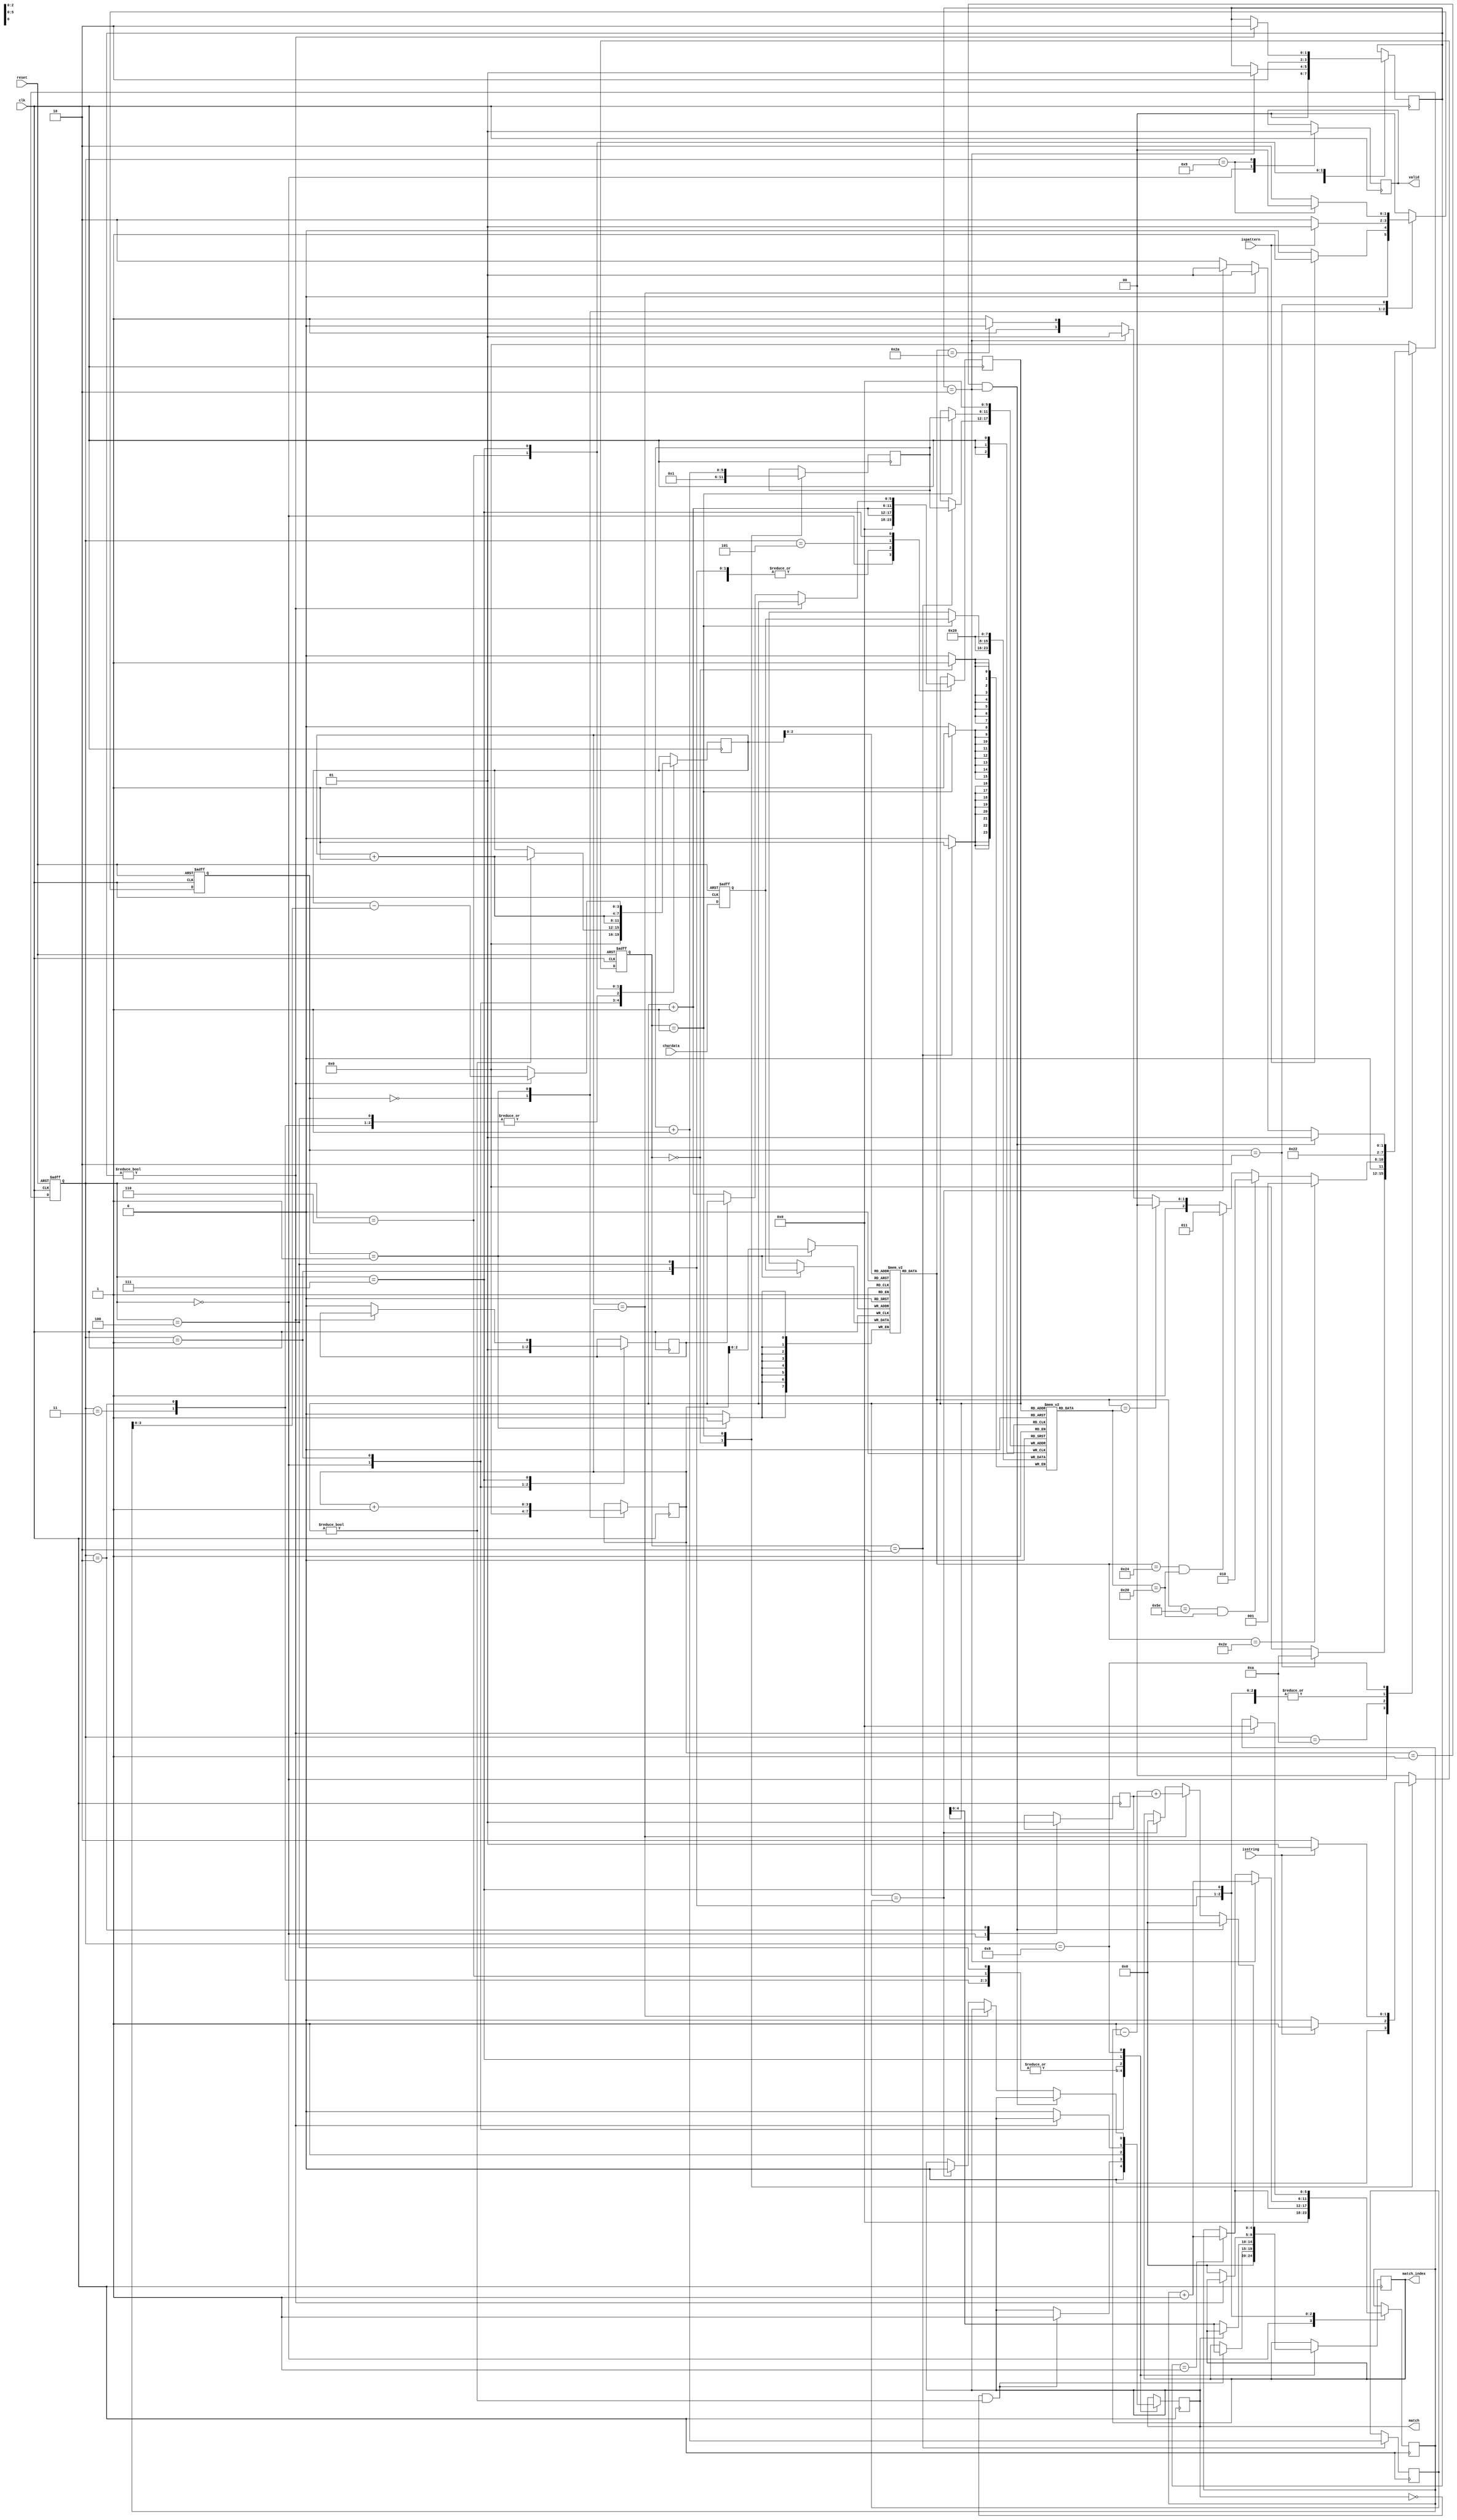
module SME(clk,reset,chardata,isstring,ispattern,valid,match,match_index);
input clk;
input reset;
input [7:0] chardata;
input isstring;
input ispattern;
output match;
output [4:0] match_index;
output valid;


// reg valid;

localparam [1:0]IDLE_STRING = 2'd0,
                GET_STRING_1 = 2'd1,
                GET_STRING_DONE = 2'd2;

localparam [1:0]IDLE_PATTERN = 2'd0,
                GET_PATTERN_1 = 2'd1,
                GET_PATTERN_DONE = 2'd2;

localparam [3:0]IDLE = 4'd0,
                DOT_WORD = 4'd1,
                BEGIN_WORD = 4'd2,
                DOLLAR_WORD = 4'd3,
                CHAR = 4'd4,
                STAR_CONI = 4'd5,
                STAR_WORD = 4'd6,
                MISS_MATCH = 4'd7,
                IS_OVER = 4'd8,
                OVER = 4'd9,
                WHAT_WORD = 4'd10,
                S9 = 4'd11,
                S10 = 4'd12,
                S11 = 4'd13,
                S12 = 4'd14,
                S13 = 4'd15;

//variable definition str----------------------------
reg [1:0]string_curr_state;
reg [1:0]string_next_state;

reg [5:0]string_len_comp;

reg string_fg;
reg [5:0]string_len;
reg [7:0]string_v[33:0];

reg [1:0]pattern_curr_state;
reg [1:0]pattern_next_state;

reg pattern_fg;
reg [3:0]pattern_len;
reg [7:0]pattern[7:0];

reg [3:0]curr_state;
reg [3:0]next_state;

reg valid;
reg match;
reg [4:0] match_index;
reg [5:0] string_index;
reg [3:0] pattern_index;

reg dot_fg;
reg begin_word_fg;
reg [1:0]star_fg;
reg [5:0]star_cnt;

reg [7:0]latch_chardata;
//variable definition end----------------------------

//ALU sharing str----------------------------------
// assign valid = (curr_state == OVER)? 1'd1:1'd0;
//ALU sharing end----------------------------------

//state control str----------------------------------
always @(posedge clk or posedge reset) begin
    if(reset)curr_state <= IDLE;
    else curr_state <= next_state;
end

always @(*) begin
    case(curr_state)
        IDLE:begin
            if(pattern_curr_state == GET_PATTERN_DONE)
                next_state = WHAT_WORD;
            else
                next_state = IDLE;
        end
        WHAT_WORD:begin
            if(pattern[pattern_index] == 46)
                next_state = DOT_WORD;

            else if(pattern[pattern_index] == 94 && string_v[string_index] == 32)
                next_state = BEGIN_WORD;

            else if(pattern[pattern_index] == 36 && string_v[string_index] == 32)
                next_state = DOLLAR_WORD;

            else if(pattern[pattern_index] == string_v[string_index])
                next_state = CHAR;

            else if (star_fg == 2)
                next_state = STAR_CONI;

            else if (pattern[pattern_index] == 42) 
                next_state = STAR_WORD;

            else 
                next_state = MISS_MATCH;
        end
        DOT_WORD:begin
            next_state = IS_OVER;
        end
        BEGIN_WORD:begin
            next_state = IS_OVER;
        end
        DOLLAR_WORD:begin
            next_state = IS_OVER;
        end
        CHAR:begin
            next_state = IS_OVER;
        end
        STAR_CONI:begin
            next_state = IS_OVER;
        end
        STAR_WORD:begin
            next_state = IS_OVER;
        end
        MISS_MATCH:begin
            next_state = IS_OVER;
        end
        IS_OVER:begin
            if (pattern_len == 1 && star_fg == 2) next_state = OVER;
            else if (pattern_index == pattern_len) next_state = OVER;
            else if (string_index == string_len_comp) next_state = OVER;
            else next_state = WHAT_WORD;
        end
        OVER:begin
            next_state = IDLE;
        end
        default: next_state = IDLE;
    endcase
end
//state control end----------------------------------

//RTL operation str----------------------------------
always @(posedge clk) begin
    case(curr_state)
        IDLE:begin
            valid <= 1'b0;

            match           <= 1'b0;
            match_index     <= 5'd0;
            string_index    <= 6'd0;
            pattern_index   <= 3'd0;

            dot_fg          <= 1'b0;
            begin_word_fg   <= 1'b0;
            star_fg         <= 1'b0;
            star_cnt        <= 6'd0;
        end
        DOT_WORD:begin
            if (match == 0 && string_index != 0)begin
                match <= 1'b1;
                match_index <= string_index;
            end

            if (string_index != 0)
                pattern_index <= pattern_index + 1'b1;
            
            if (star_fg == 1)
                star_cnt <= star_cnt + 1'b1;

            string_index <= string_index + 1'b1;
            dot_fg <= 1;
        end
        BEGIN_WORD:begin
            if (match == 0)begin
                match <= 1'b1;
                match_index <= string_index;
            end

            pattern_index <= pattern_index + 1'b1;
            string_index <= string_index + 1'b1;
            begin_word_fg <= 1'b1;
        end
        DOLLAR_WORD:begin
            if (match == 0)begin
                match <= 1'b1;
                match_index <= string_index;
            end
            
            pattern_index <= pattern_index + 1'b1;
            string_index <= string_index + 1'b1;
        end
        CHAR:begin
            if (match == 0)begin
                match <= 1'b1;
                match_index <= string_index;
            end

            if (star_fg == 2)begin
                star_fg <= 1'b1;
                star_cnt <= star_cnt + 1'b1;
            end
            else if (star_fg == 1)begin
                star_cnt <= star_cnt + 1'b1;
            end

            pattern_index <= pattern_index + 1'b1;
            string_index <= string_index + 1'b1;
        end
        STAR_CONI:begin
            string_index <= string_index + 6'd1;
        end
        STAR_WORD:begin
            if (!match)begin
                match <= 1'd1;
                match_index <= string_index;
            end
            pattern_index <= pattern_index + 3'd1;
            star_fg <= 2'd2;
        end
        MISS_MATCH:begin
            if (star_fg)begin
                pattern_index <= pattern_index - star_cnt;
                star_cnt <= 6'd0;
                star_fg <= 2'd2;
            end
            else if (dot_fg)begin
                pattern_index <= 3'd0;
                match <= 1'd0;
                match_index <= 5'd0;
                dot_fg <= 2'd0;
            end
            else begin
                string_index <= string_index + 6'd1;
                pattern_index <= 3'd0;
                match <= 1'd0;
                match_index <= 5'd0;
            end
        end
        IS_OVER:begin
            if (pattern_len == 1 && star_fg == 2)begin
                match_index <= 5'd0;
            end
            else if (pattern_index == pattern_len)begin
                match_index <= match_index - 5'd1 + begin_word_fg;
            end
            else if (string_index == string_len_comp)begin
                match <= 1'd0;
                match_index <= 5'd0;
            end
        end
        OVER:begin
            valid <= 1'b1;
        end
    endcase
end
//RTL operation end----------------------------------

// latch chardata 1 cycle str---------------------------
always @(posedge clk or posedge reset) begin
    if (reset) latch_chardata <= 8'd0;
    else latch_chardata <= chardata;
end
// latch chardata 1 cycle end---------------------------

//string_v state control str----------------------------------
always @(posedge clk or posedge reset) begin
    if (reset) string_curr_state <= IDLE_STRING;
    else string_curr_state <= string_next_state;
end

always @(*) begin
    case(string_curr_state)
        IDLE_STRING:begin
            if(isstring)
                string_next_state = GET_STRING_1;
            else
                string_next_state = IDLE_STRING;
        end
        GET_STRING_1:begin
            if(isstring)
                string_next_state = GET_STRING_1;
            else
                string_next_state = GET_STRING_DONE;
        end
        GET_STRING_DONE:begin
            string_next_state = IDLE_STRING;
        end
        default: string_next_state = IDLE_STRING;
    endcase
end
//string_v state control end----------------------------------

//string_v RTL operation str----------------------------------
always @(posedge clk) begin
    case(string_curr_state)
        IDLE_STRING:begin
            string_len <= 6'd1;
            string_v[0] <= 8'd32;
        end
        GET_STRING_1:begin
            string_len <= string_len + 1'b1;
            string_v[string_len] <= latch_chardata;
        end
        GET_STRING_DONE:begin
            string_len_comp <= string_len + 6'b1;
            string_v[string_len] <= 8'd32;
        end
    endcase
end
//string_v RTL operation end----------------------------------

//pattern state control str----------------------------------
always @(posedge clk or posedge reset) begin
    if(reset)
        pattern_curr_state <= IDLE_PATTERN;
    else
        pattern_curr_state <= pattern_next_state;
end

always @(*) begin
    case(pattern_curr_state)
        IDLE_PATTERN:begin
            if(ispattern)
                pattern_next_state = GET_PATTERN_1;
            else
                pattern_next_state = IDLE_PATTERN;
        end
        GET_PATTERN_1:begin
            if(ispattern)
                pattern_next_state = GET_PATTERN_1;
            else
                pattern_next_state = GET_PATTERN_DONE;
        end
        GET_PATTERN_DONE:begin
            if(curr_state == OVER)
                pattern_next_state = IDLE_PATTERN;
            else
                pattern_next_state = GET_PATTERN_DONE;
        end
        default: pattern_next_state = IDLE_PATTERN;
    endcase
end
//pattern state control end----------------------------------

//pattern RTL operation str----------------------------------
always @(posedge clk) begin
    case(pattern_curr_state)
        IDLE_PATTERN:begin
            pattern_len <= 6'd0;
        end
        GET_PATTERN_1:begin
            pattern_len <= pattern_len + 1'b1;
            pattern[pattern_len] <= latch_chardata;
        end
        GET_PATTERN_DONE:begin

        end
    endcase
end
//pattern RTL operation end----------------------------------
endmodule